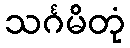
သင်္ဂမိတုံ